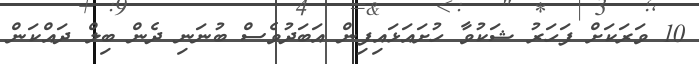
10 ވަރަކަށް ފަހަރު ޝަކުވާ ހުށައަޅައިފިން އަބަދުވެސް ބުނަނި ދެން ބިލް ދައްކަން